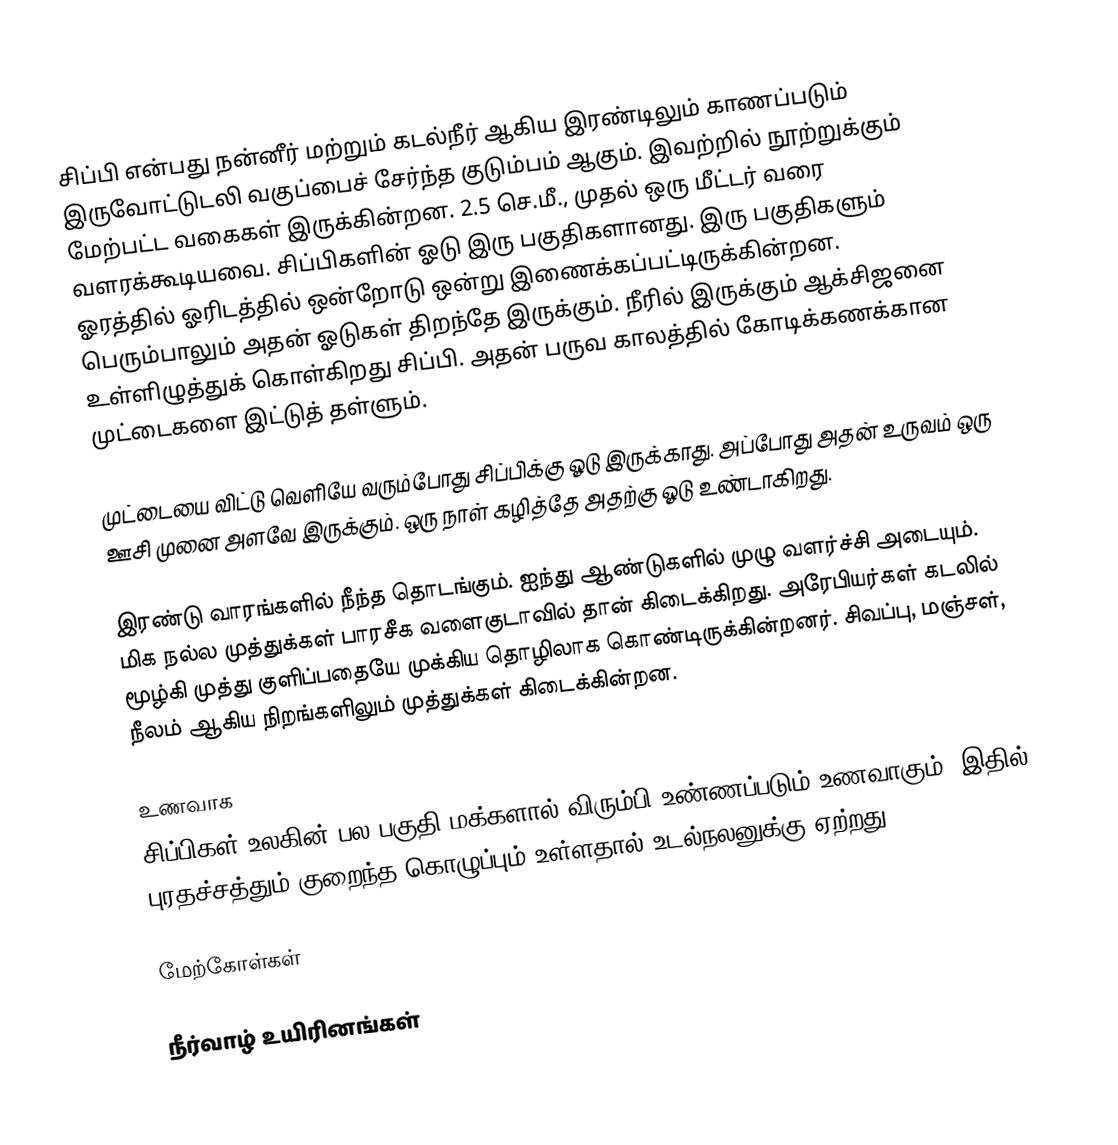
சிப்பி என்பது நன்னீர் மற்றும் கடல்நீர் ஆகிய இரண்டிலும் காணப்படும் இருவோட்டுடலி வகுப்பைச் சேர்ந்த குடும்பம் ஆகும். இவற்றில் நூற்றுக்கும் மேற்பட்ட வகைகள் இருக்கின்றன. 2.5 செ.மீ., முதல் ஒரு மீட்டர் வரை வளரக்கூடியவை. சிப்பிகளின் ஓடு இரு பகுதிகளானது. இரு பகுதிகளும் ஓரத்தில் ஓரிடத்தில் ஒன்றோடு ஒன்று இணைக்கப்பட்டிருக்கின்றன. பெரும்பாலும் அதன் ஓடுகள் திறந்தே இருக்கும். நீரில் இருக்கும் ஆக்சிஜனை உள்ளிழுத்துக் கொள்கிறது சிப்பி. அதன் பருவ காலத்தில் கோடிக்கணக்கான முட்டைகளை இட்டுத் தள்ளும்.

முட்டையை விட்டு வெளியே வரும்போது சிப்பிக்கு ஓடு இருக்காது. அப்போது அதன் உருவம் ஒரு ஊசி முனை அளவே இருக்கும். ஒரு நாள் கழித்தே அதற்கு ஓடு உண்டாகிறது.

இரண்டு வாரங்களில் நீந்த தொடங்கும். ஐந்து ஆண்டுகளில் முழு வளர்ச்சி அடையும். மிக நல்ல முத்துக்கள் பாரசீக வளைகுடாவில் தான் கிடைக்கிறது. அரேபியர்கள் கடலில் மூழ்கி முத்து குளிப்பதையே முக்கிய தொழிலாக கொண்டிருக்கின்றனர். சிவப்பு, மஞ்சள், நீலம் ஆகிய நிறங்களிலும் முத்துக்கள் கிடைக்கின்றன.

உணவாக
சிப்பிகள் உலகின் பல பகுதி மக்களால் விரும்பி உண்ணப்படும் உணவாகும். இதில் புரதச்சத்தும் குறைந்த  கொழுப்பும் உள்ளதால் உடல்நலனுக்கு ஏற்றது.

மேற்கோள்கள்

நீர்வாழ் உயிரினங்கள்